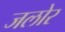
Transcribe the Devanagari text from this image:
जलोर